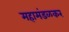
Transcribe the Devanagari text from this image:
महामंडळकर